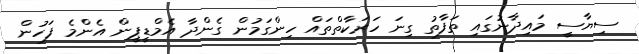
ސިޔާސީ މައިދާނުގައި ތަފާތު ގިނަ ހަރަކާތްތައް ހިންގަމުން ގެންދާ އެމްޑީޕީން އެންމެ ފަހުން